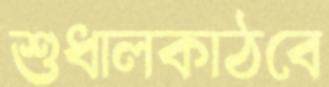
শুধালকাঠবে